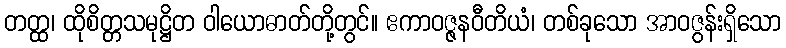
တတ္ထ၊ ထိုစိတ္တသမုဋ္ဌိတ ဝါယောဓာတ်တို့တွင်။ ဧကာဝဇ္ဇနဝီတိယံ၊ တစ်ခုသော အာဝဇွန်းရှိသော